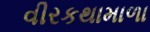
વીરકથામાળા